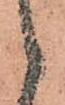
候